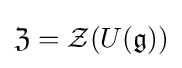
{\mathfrak {Z}}={\mathcal {Z}}(U({\mathfrak {g}}))